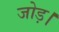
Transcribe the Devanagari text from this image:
जोड़।